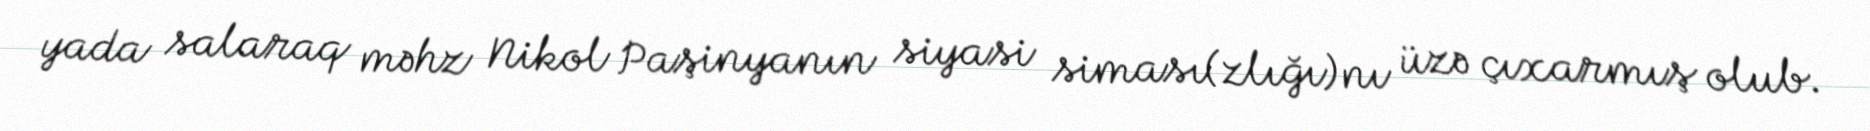
yada salaraq məhz Nikol Paşinyanın siyasi siması(zlığı)nı üzə çıxarmış olub.